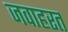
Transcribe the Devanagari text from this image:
जवाहरत